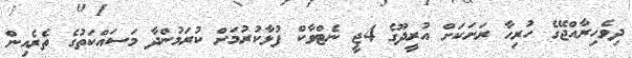
ދިވެހިރާއްޖޭގެ ހުރިހާ ރަށަކަށް އުރީދޫގެ 4ޖީ ނެޓްވާކް ފުޅާކުރުމަށް ކުރަމުންދާ މަސައްކަތުގެ ތެރެއިން